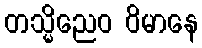
တသ္မိညေဝ ဝိမာနေ